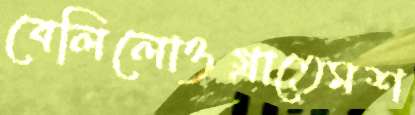
বেলিলোওগ্‌রাতেমশ